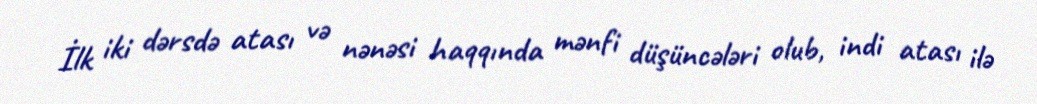
İlk iki dərsdə atası və nənəsi haqqında mənfi düşüncələri olub, indi atası ilə